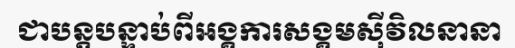
ជាបន្តបន្ទាប់ពីអង្គការសង្គមស៊ីវិលនានា